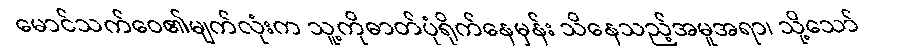
မောင်သက်ဝေ၏မျက်လုံးက သူ့ကိုဓာတ်ပုံရိုက်နေမှန်း သိနေသည့်အမူအရာ၊ သို့သော်